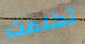
تكلمت